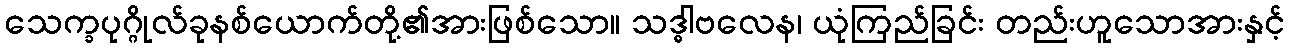
သေက္ခပုဂ္ဂိုလ်ခုနစ်ယောက်တို့၏အားဖြစ်သော။ သဒ္ဓါဗလေန၊ ယုံကြည်ခြင်း တည်းဟူသောအားနှင့်